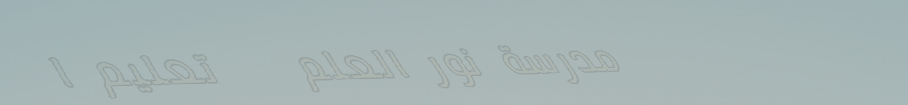
مدرسة نور العلم   تعليم ا